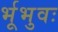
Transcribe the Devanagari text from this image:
र्भूभुवः